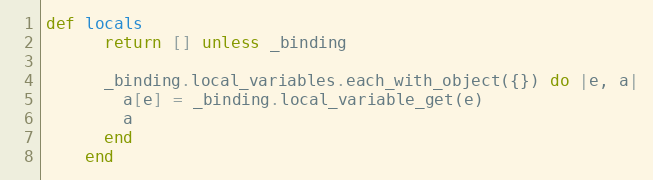
Language: Ruby
def locals
      return [] unless _binding

      _binding.local_variables.each_with_object({}) do |e, a|
        a[e] = _binding.local_variable_get(e)
        a
      end
    end